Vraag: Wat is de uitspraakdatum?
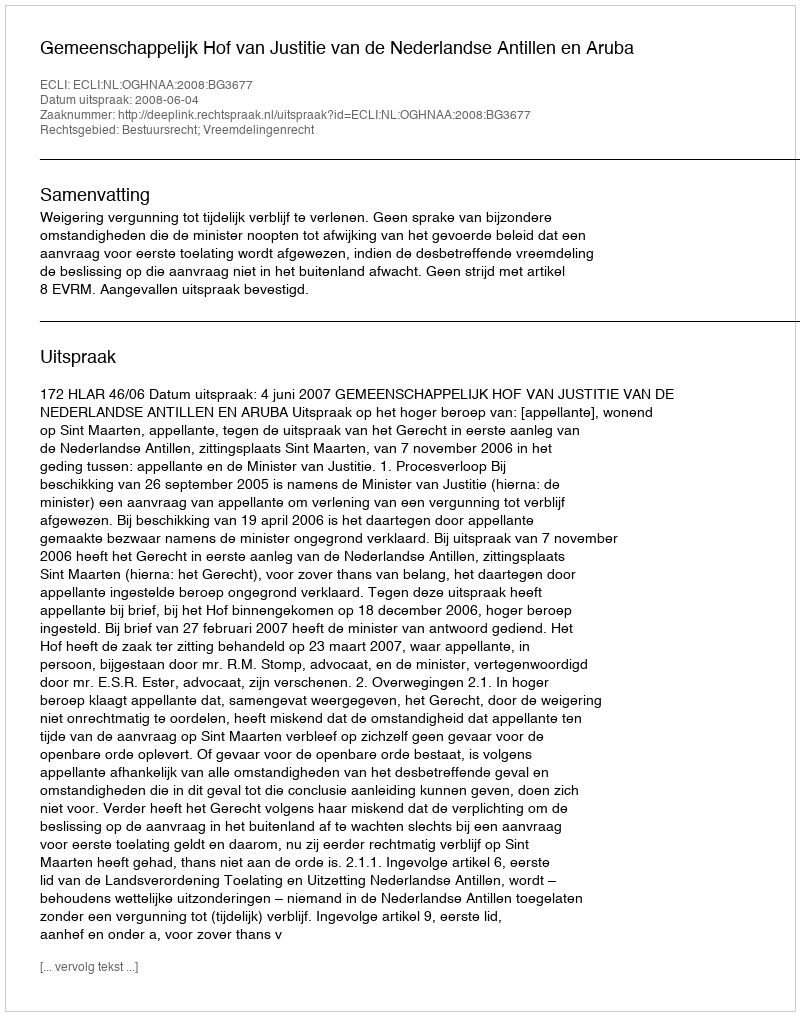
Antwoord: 2008-06-04